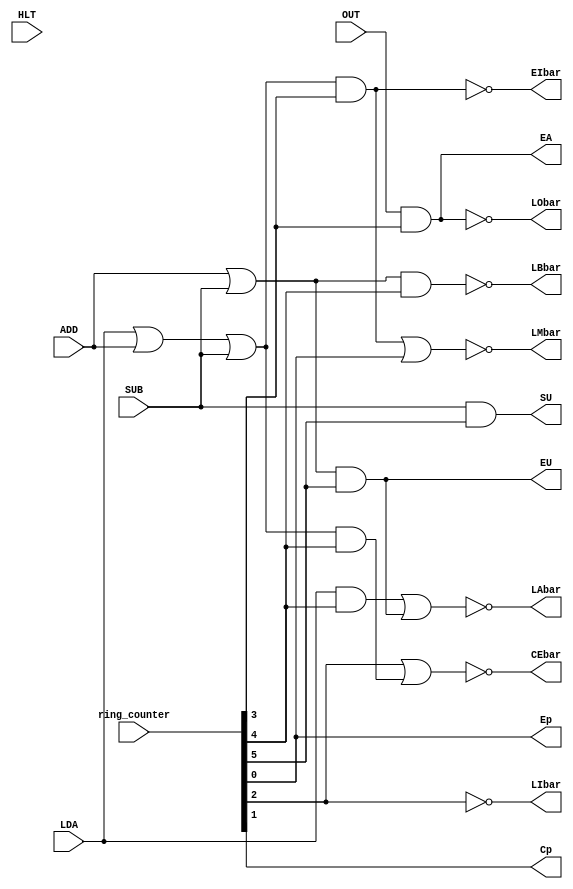
//include guard
`ifndef SAP_1_control_matrix
	`define SAP_1_control_matrix
	// 
	`timescale 1ns / 100ps

	/* SAP_1_control_matrix
		copyright 2012 (pika1021@gmail.com) */
	module SAP_1_control_matrix(Cp, Ep, LMbar, CEbar, LIbar, EIbar, LAbar, EA, SU, EU, LBbar, LObar, LDA, ADD, SUB, OUT, HLT, ring_counter);
	//port 
		output Cp, Ep, LMbar, CEbar, LIbar, EIbar, LAbar, EA, SU, EU, LBbar, LObar;
		input LDA, ADD, SUB, OUT, HLT;
		input [6:1]ring_counter;

	//port 
		wire Cp, Ep, LMbar, CEbar, LIbar, EIbar, LAbar, EA, SU, EU, LBbar, LObar;
		wire LDA, ADD, SUB, OUT, HLT;
		wire [6:1]ring_counter;

  assign	Cp = ring_counter[2];
	assign Ep = ring_counter[1];

	assign LMbar = ~((LDA || ADD || SUB)
									&& ring_counter[4] || ring_counter[1]);

	assign CEbar = ~(ring_counter[3] ||
										(LDA || ADD || SUB) &&
										ring_counter[5]);

	assign LIbar = ~ring_counter[3];
	assign EIbar = ~((LDA || ADD || SUB) &&
										ring_counter[4]);
	assign LAbar = ~(LDA && ring_counter[5] ||
										(ADD || SUB) &&
										ring_counter[6]);
	assign EA = OUT && ring_counter[4];
	assign SU = SUB && ring_counter[6];
	assign EU = (ADD || SUB) && ring_counter[6];
	assign LBbar = ~((ADD || SUB) &&
									ring_counter[5]);
	assign LObar = ~(OUT && ring_counter[4]);

	endmodule
`endif